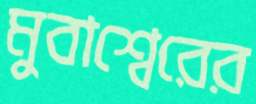
মুবাশ্বেরের